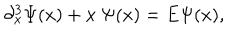
\partial _ { x } ^ { 3 } \Psi ( x ) + x \ \Psi ( x ) = E \Psi ( x ) ,